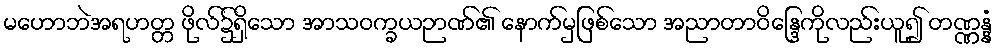
မဟောဘဲအရဟတ္တ ဖိုလ်၌ရှိသော အာသဝက္ခယဉာဏ်၏ နောက်မှဖြစ်သော အညာတာဝိန္ဒြေကိုလည်းယူ၍ တဏ္ဏန္နံ